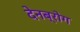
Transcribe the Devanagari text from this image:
देनब्रोग